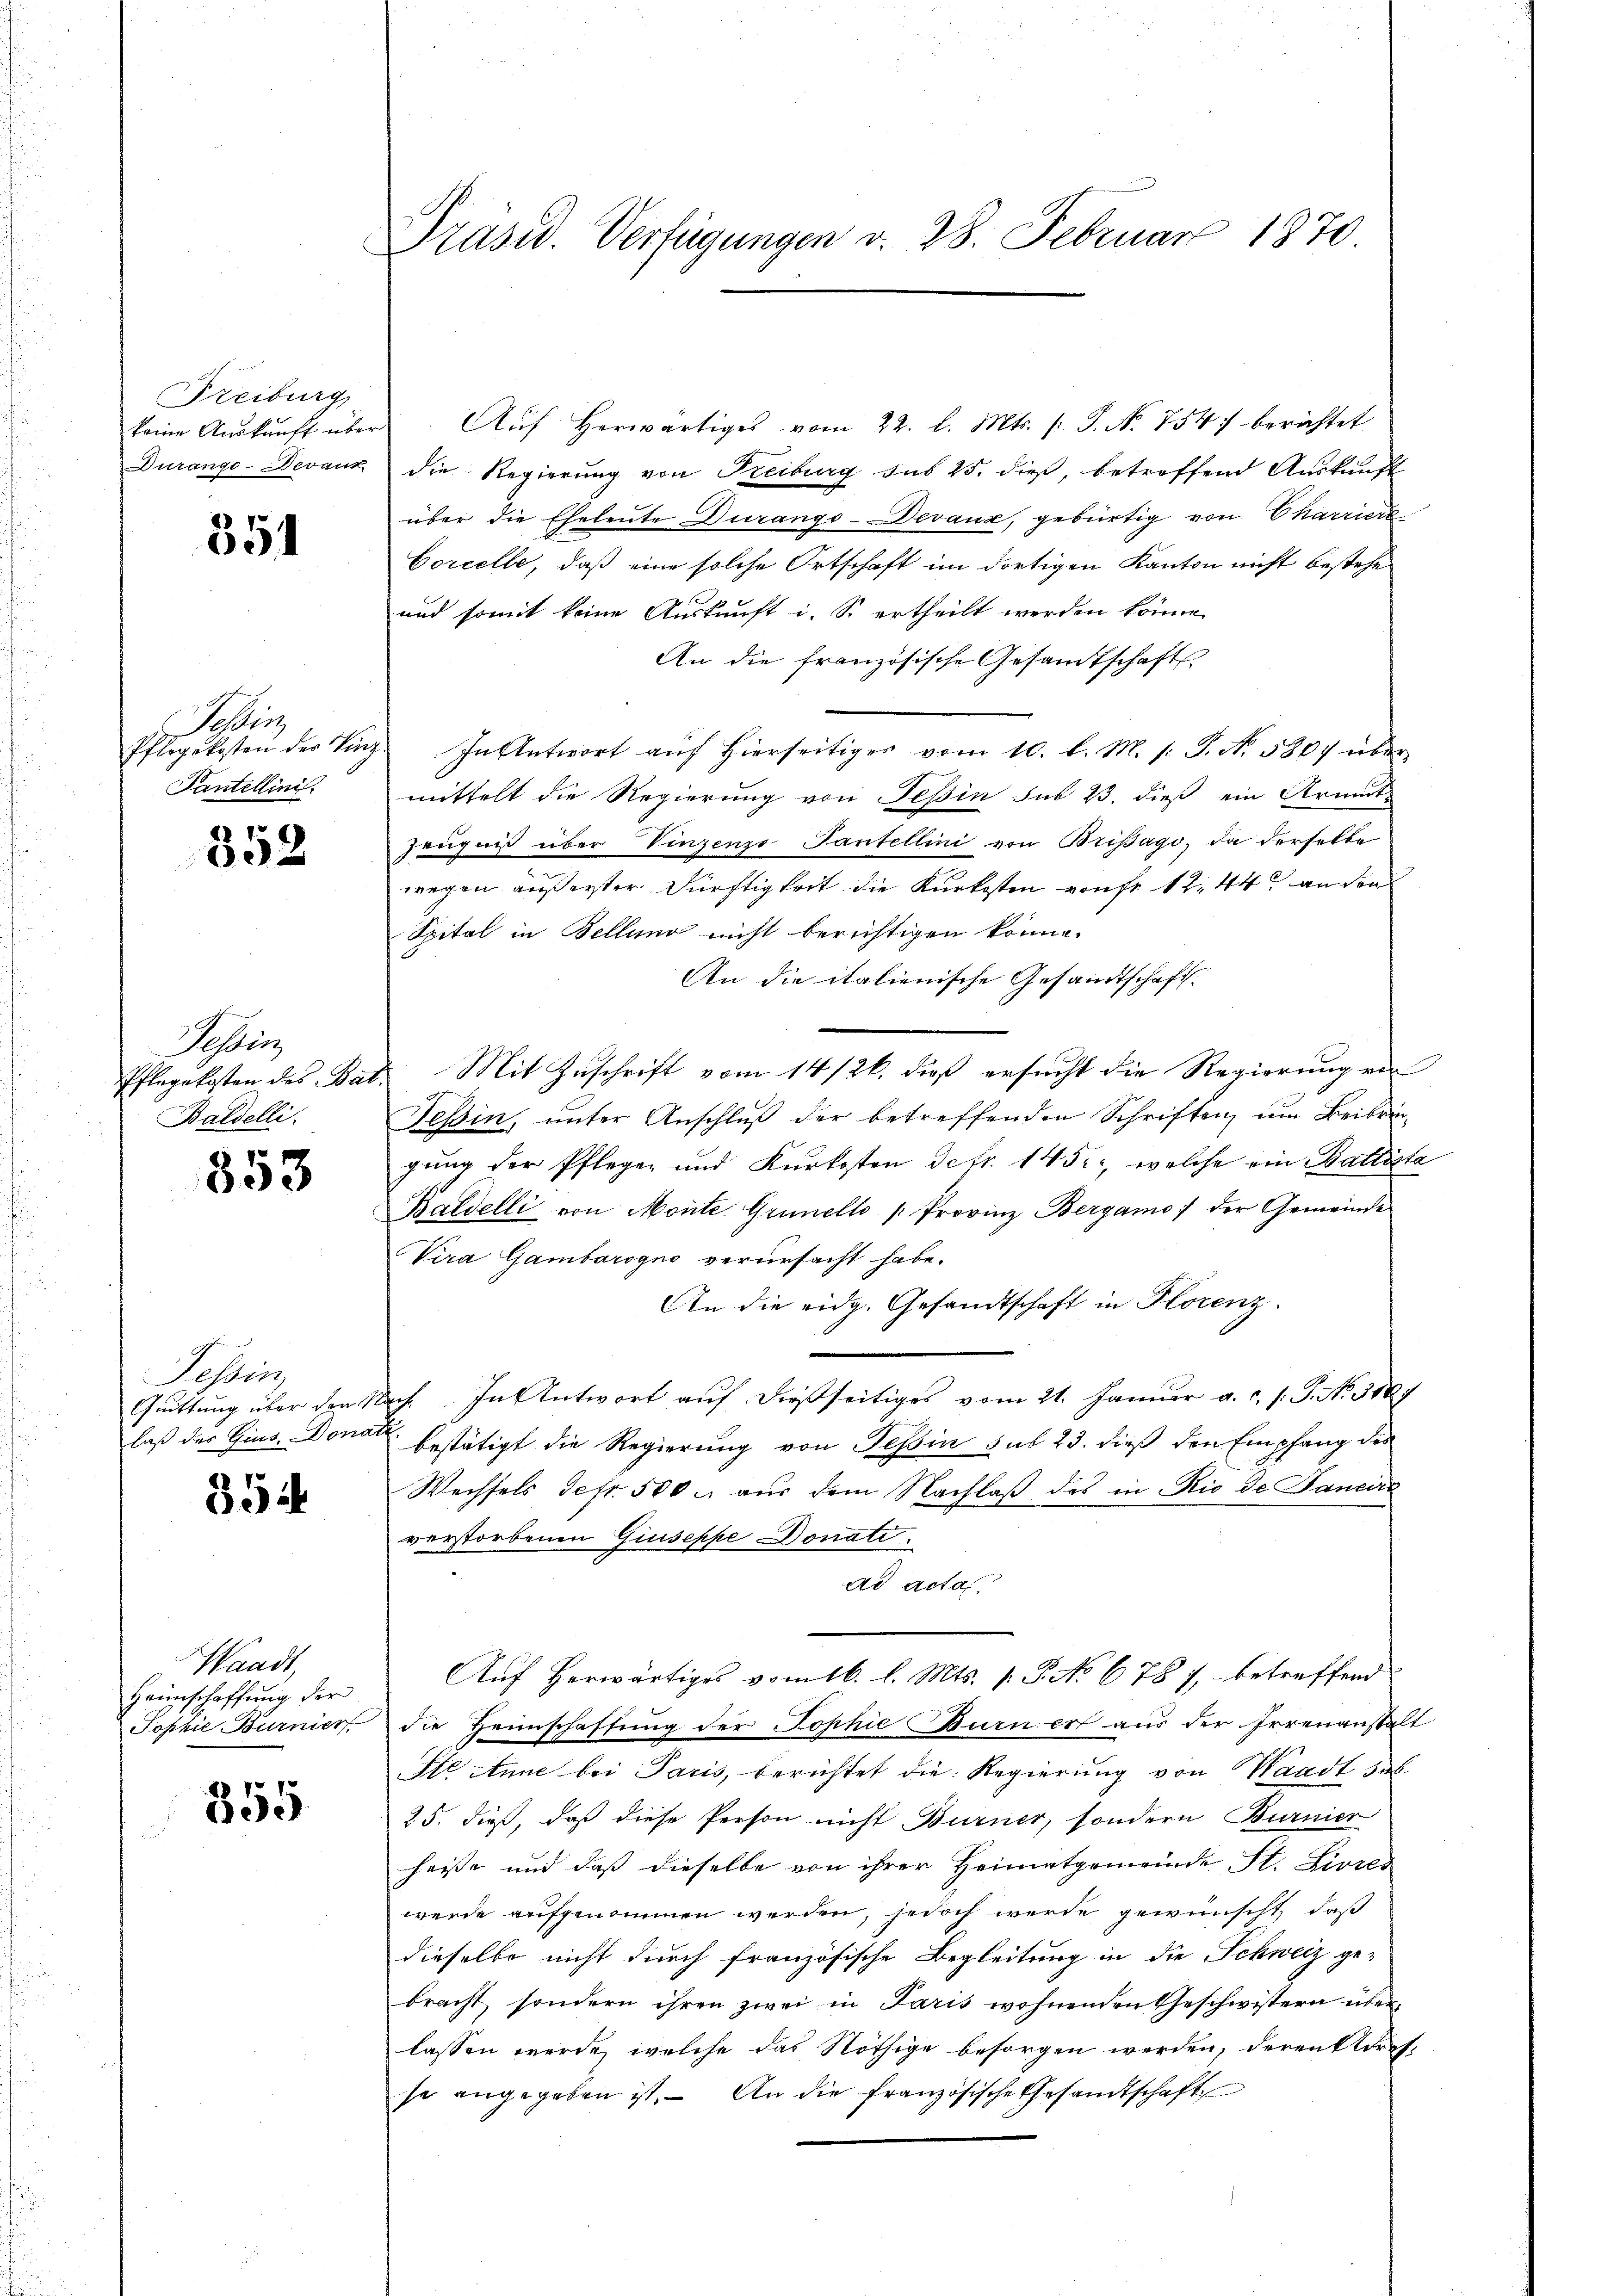
Freiburg
keine Auskunft über
Durange-Devanz

351

Se
Pflegskosten des Vin
Pantellini.

352

astenz
Pflegekosten des Bar
Baldelli.

853

Tessin,
Quittung über den
laß des Gius. Dona

354

Waadt
Heimschaffung der
Tophie Burnier

355

Präsid. Verfügungen v. 28. Februar 1870

Aŭf herwärtiges vom 22. l. Mts. (: P. Nr. 754) berichtet
die Regierung von Freiburg sub 25. dieß, betreffend Auskunft
über die Eheleute Durango-Devaux, gebürtig von Charriere
Corcelle, daß eine solche Ortschaft im dortigen Kanton nicht bestehe
und somit keine Auskunft i. So ertheilt werden könne.
An die französische Gesamtschafts
In Antwort auf Hierseitiges vom 10. l. M. h. T. N. 5804 über
mittelt die Regierung von Tessin sub 23. dieß ein Krinte
Zeugniß über Vinzenze Tantellini von Brisago, da derselbe
wegen äußerster Dürftigkeit die Kurkosten von fr. 12. 44 an den
Spital in Bellung nicht berichtigen könne.
An die italienische Gesandtschaft.
Mit Zuschrift vom 14/26. dieß ersucht die Regierung ein
Tessin, unter Anschluß der betreffenden Schriften, um Beibringung der Pflegen und Kurkosten Detr. 145., welche ein Balliste
Baldelli von Monte Grünello " Provinz Bergamo :/ der Gemeinde
Vira Gambarogno verursacht habe.
An die eidg. Gesandtschaft in Florenz.
ich. In Antwort auf dießseitiges vom 21. Januar a. c. s. S. No. 3167
bestätigt die Regierung von Tessin sub 23. dieß den Empfang des
Wechsels defr. 500. aus dem Nachlaß des in Rio de Pancire
verstorbenen Giuseppe Donate.
ad acta
Auf herwärtiges vom 16. l. Mts. v. P. No 678 7, betreffend
die Heimschaftung der Sophie Burner aus der Errenanstalt
Ste Anne bei Paris, berichtet die Regierung von Waadt dab
25. dieß, daß diese Person nicht Burner, sondern Burnier
heiße und daß dieselbe von ihrer Heimatgemeinde St. Livres
werde aufgenommen werden, jedoch werde gewünscht, daß
dieselbe nicht durch französische Begleitung in die Schweiz ge-
bracht, sondern ihren zwei in Paris wohnenden Geschwistern über-
lassen werde, welche das Nöthige besorgen werden, deren Adresse angegeben ist. – An die französische Gesandtschaft